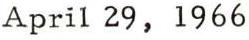
April 29, 1966